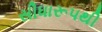
સીધારૂપથી